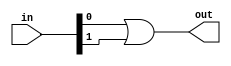

// test_simulation_or_1_test.v
module f1_test(input [1:0] in, output out);
assign out = in[0] | in[1];
endmodule

// test_simulation_or_2_test.v
module f2_test(input [1:0] in, output out);
assign out = in[0] || in[1];
endmodule

// test_simulation_or_3_test.v
module f3_test(input [2:0] in, output out);
assign out = in[0] | in[1] | in[2];
endmodule

// test_simulation_or_4_test.v
module f4_test(input [2:0] in, output out);
assign out = in[0] || in[1] || in[2];
endmodule

// test_simulation_or_5_test.v
module f5_test(input [3:0] in, output out);
assign out = in[0] | in[1] | in[2] | in[3];
endmodule

// test_simulation_or_6_test.v
module f6_test(input [3:0] in, output out);
assign out = in[0] || in[1] || in[2] || in[3];
endmodule